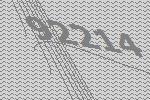
92214